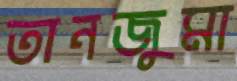
তানজুমা